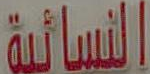
النسائية